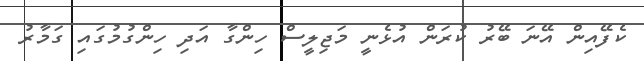
ކެފޭއިން އޭނަ ބޭރު ކުރަން އުޅެނީ މަޖިލީސް ހިންގާ އަދި ހިންގުމުގައި ގަމާރު